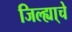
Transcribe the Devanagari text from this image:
जिल्ह्या्चे